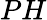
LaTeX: PH